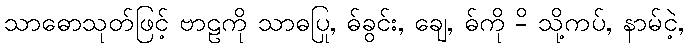
သာဓောသုတ်ဖြင့် ဗာဠကို သာဓပြု, ဓ်ခွင်း, ချေ, ဓ်ကို -ိ သို့ကပ်, နာမ်ငဲ့,